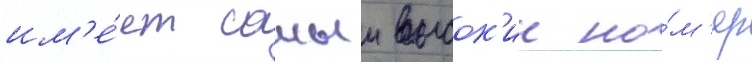
им'е́ет самыи высок'ии но́м'ер